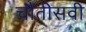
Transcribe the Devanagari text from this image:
चौंतीसवी